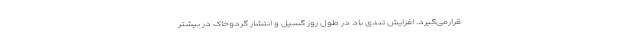
قرارمی‌گیرد. افزایش تندی باد در طول روز گسیل و انتشار گردوخاک در بیشتر